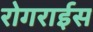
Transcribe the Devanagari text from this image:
रोगराईस